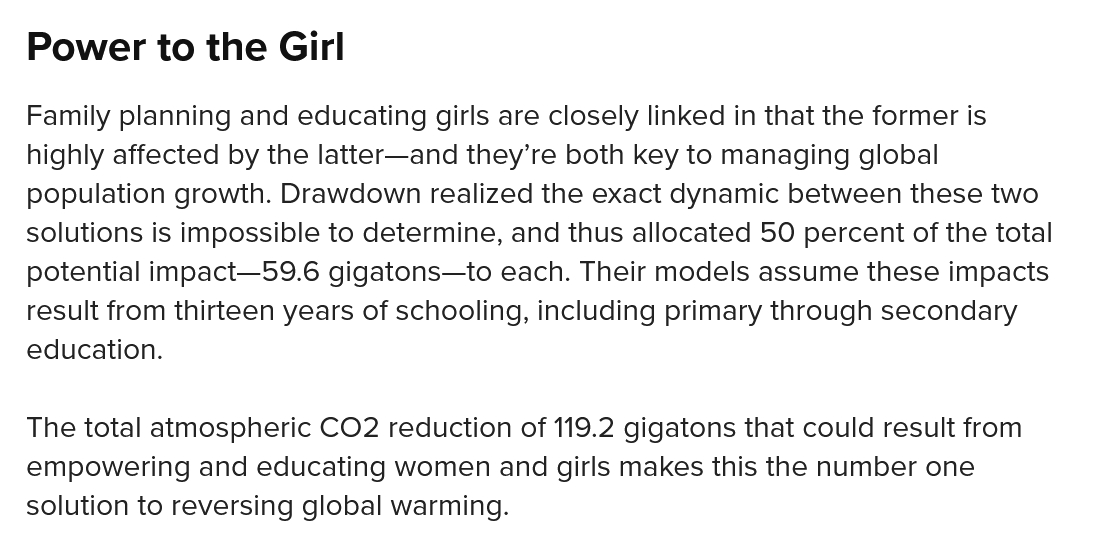
Power  to   the  Girl
  Family planning and educating girls are closely linked in that the former is
  highly affected by the latter—and they’re both key to managing global
  population growth. Drawdown realized the exact dynamic between these two
  solutions is impossible to determine, and thus allocated 50 percent of the total
  potential impact—59.6 gigatons—to each. Their models assume these impacts
  result from thirteen years of schooling, including primary through secondary
  education.
  The total atmospheric CO2 reduction of 119.2 gigatons that could result from
  empowering  and educating women and girls makes this the number one
  solution to reversing global warming.